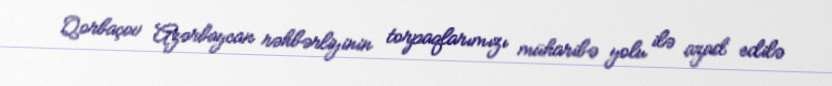
Qorbaçov Azərbaycan rəhbərliyinin torpaqlarımızı müharibə yolu ilə azad edilə